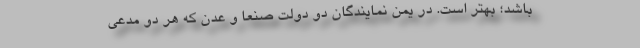
باشد؛ بهتر است. در یمن نمایندگان دو دولت صنعا و عدن که هر دو مدعی